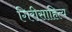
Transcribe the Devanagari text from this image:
गिरीसाहित्य